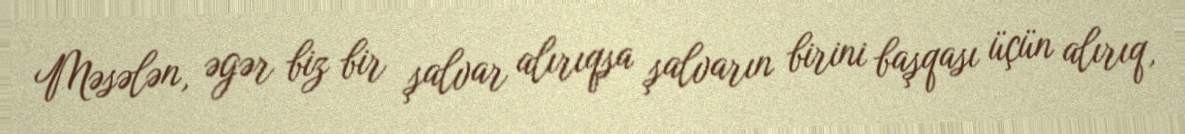
Məsələn, əgər biz bir şalvar alırıqsa şalvarın birini başqası üçün alırıq,